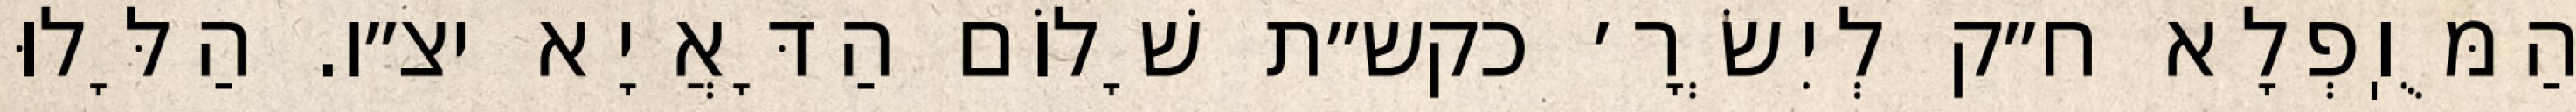
הַמֻּוֽפְלָא ח״ק לְיִשְׂרָ׳ כקש״ת שָׁלוֹם הַדָּאֲיָא יצ״ו. הַלָּלוּ